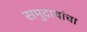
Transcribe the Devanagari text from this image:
समुदायांचा